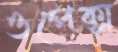
ওপেক্স